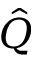
\hat { Q }